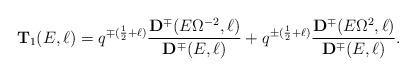
LaTeX: \begin{align*}{\mathbf T}_1(E,\ell) = q^{\mp(\frac{1}{2}+\ell) }\frac{ \mathbf{ D}^{\mp} (E \Omega^{-2},\ell) }{\mathbf{ D}^{\mp}(E,\ell)} + q^{\pm(\frac{1}{2}+\ell)} \frac{\mathbf{ D}^{\mp}(E \Omega^2,\ell)}{ \mathbf{ D}^{\mp}(E,\ell)} .\end{align*}